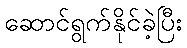
ဆောင်ရွက်နိုင်ခဲ့ပြီး